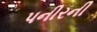
પનીરની